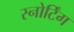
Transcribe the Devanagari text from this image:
स्नोर्टिंग